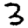
Digit: 3